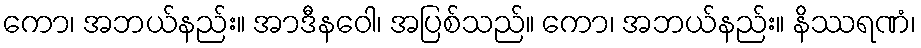
ကော၊ အဘယ်နည်း။ အာဒီနဝေါ၊ အပြစ်သည်။ ကော၊ အဘယ်နည်း။ နိဿရဏံ၊